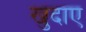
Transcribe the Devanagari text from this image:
खुदाए